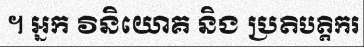
។ អ្នក វិនិយោគ និង ប្រតិបត្តិករ